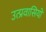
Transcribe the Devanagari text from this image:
उत्प्रवासियों